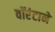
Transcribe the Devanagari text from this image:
वॉरंटाने